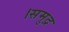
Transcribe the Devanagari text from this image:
।समुद्र